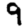
Digit: 9